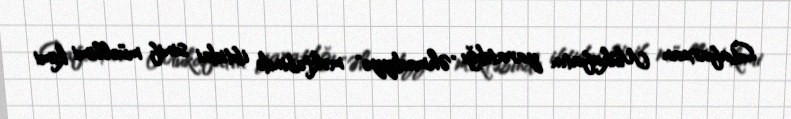
Qafarxan Mükafatın yaratdığı "Əhmədiyyə" məktəbində ibtidai sinif müəllimi kimi